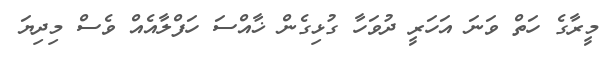
މީރާގެ ހަތް ވަނަ އަހަރީ ދުވަހާ ގުޅިގެން ޚާއްސަ ހަފްލާއެއް ވެސް މިދިޔަ